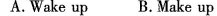
A.Wake up B.Make up